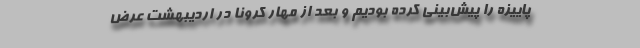
پاییزه را پیش‌بینی کرده بودیم و بعد از مهار کرونا در اردیبهشت عرض